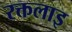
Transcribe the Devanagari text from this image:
रक्तलाइ